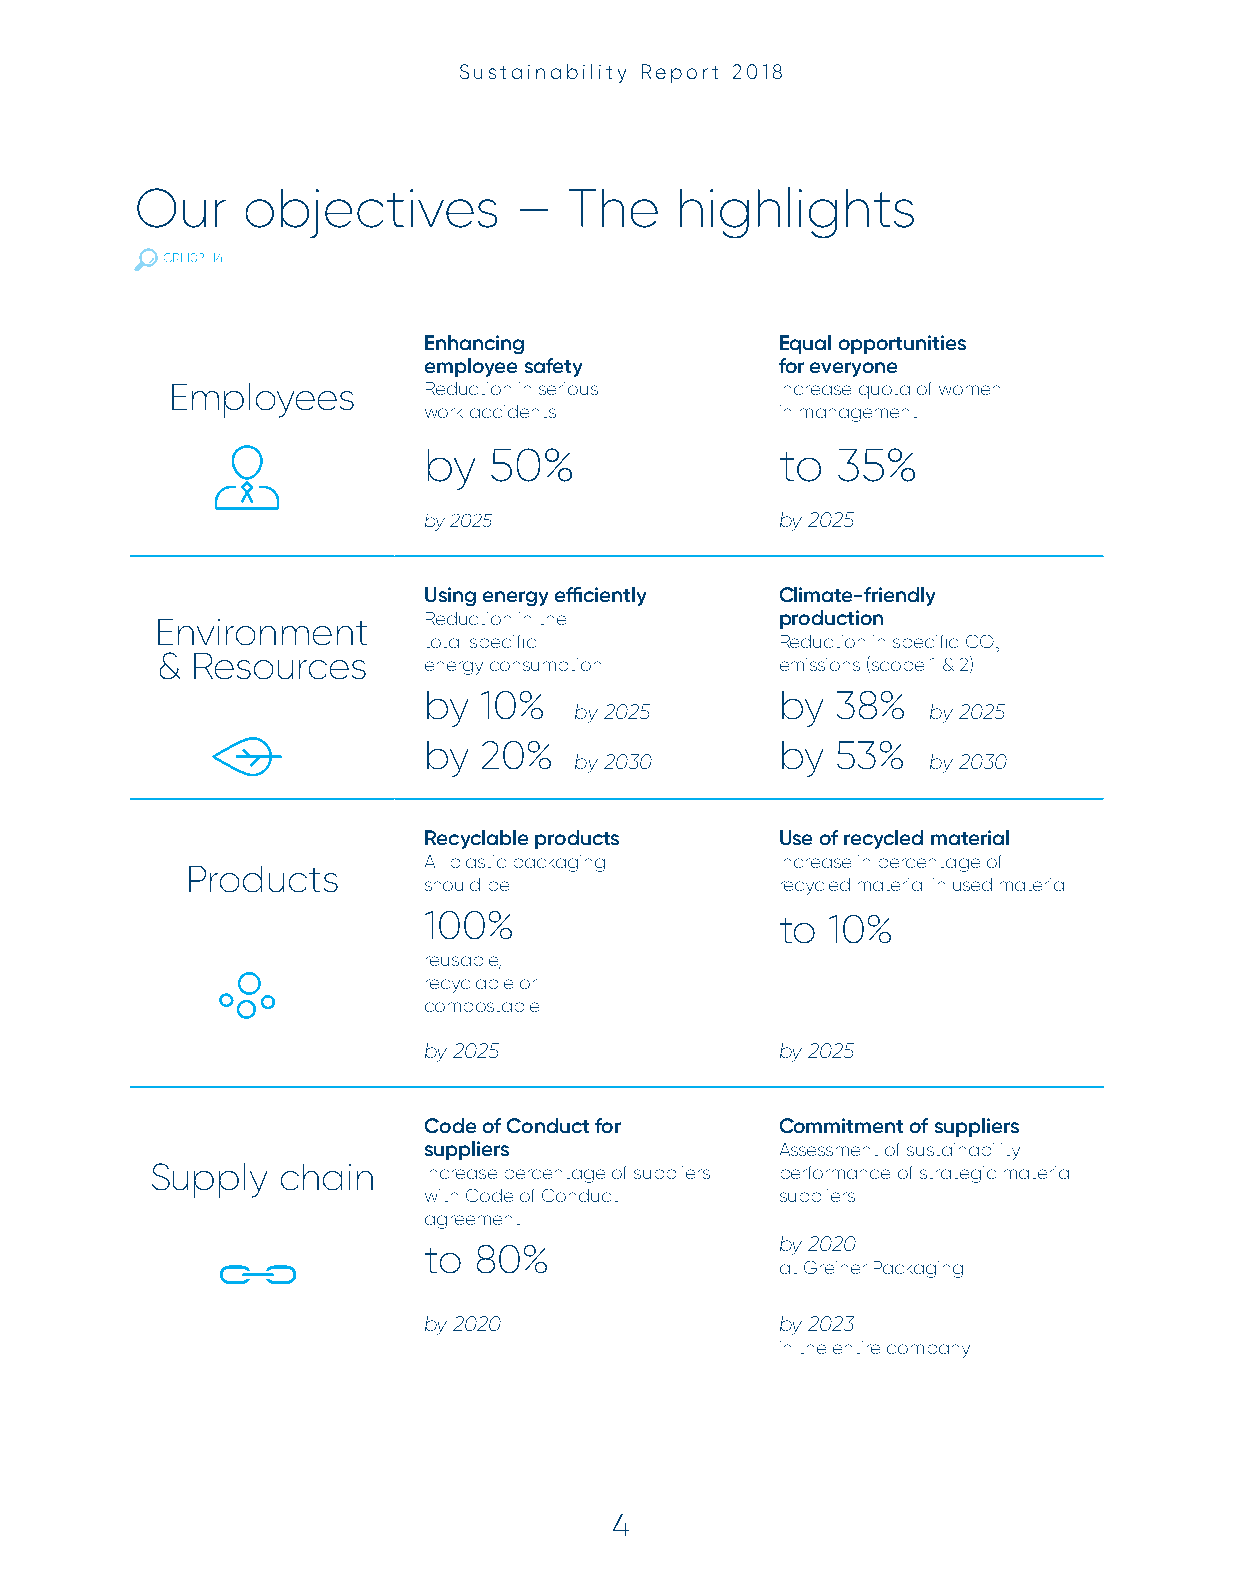
Sustainability Report 2018
 Our    objectives        –   The    highlights
 GRI 102-14
 Enhancing               Equal opportunities
 employee safety         for everyone
 Employees        Reduction in serious    Increase quota of women
 work accidents          in management
 by  50%                 to 35%
 by 2025                 by 2025
 Using energy efficiently Climate-friendly
 Environment       Reduction in the        production
 total specific          Reduction in specific CO
 &  Resources                                            2
 energy consumption      emissions (scope 1 & 2)
 by  10%                 by 38%
 by 2025                by 2025
 by  20%                 by 53%
 by 2030                by 2030
 Recyclable products     Use of recycled material
 All plastic packaging   Increase in percentage of
 Products
 should be               recycled material in used material
 100%                    to 10%
 reusable,
 recyclable or
 compostable
 by 2025                 by 2025
 Code of Conduct for     Commitment of suppliers
 suppliers               Assessment of sustainability
 Supply  chain     Increase percentage of suppliers performance of strategic material
 with Code of Conduct    suppliers
 agreement
 to 80%
 by 2020
 at Greiner Packaging
 by 2020                 by 2023
 in the entire company
 44